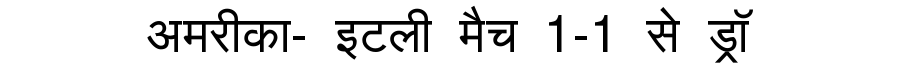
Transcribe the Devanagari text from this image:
अमरीका- इटली मैच 1-1 से ड्रॉ